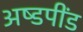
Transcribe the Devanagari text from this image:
अष्डपींड